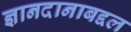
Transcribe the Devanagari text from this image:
ज्ञानदानाबद्दल